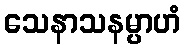
သေနာသနမ္ပာဟံ